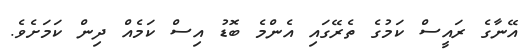
އޭނާގެ ރައީސް ކަމުގެ ތެރޭގައި އެންމެ ބޮޑު އިސް ކަމެއް ދިން ކަމަށެވެ.